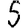
Digit: 5